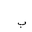
Letter: _ba